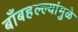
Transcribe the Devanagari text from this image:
बाँबहल्ल्यांमुळे